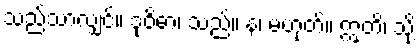
သည်သာလျှင်။ ဒုဝိဓာ၊ သည်။ န၊ မဟုတ်။ ဣတိ၊ သို့